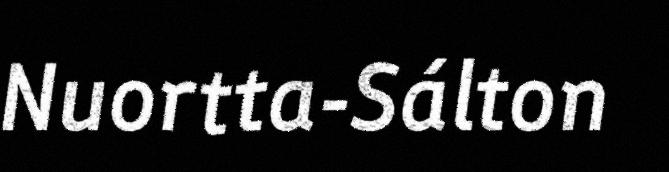
Nuortta-Sálton